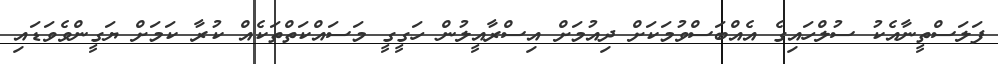
ފަލަސްތީނާއެކު ސުލްހައިގެ އެއްބަސްވުމަކަށް ދިއުމަށް އިސްރާއީލުން ހަގީގީ މަސައްކަތްތަކެއް ކުރާ ކަމަށް ޔަގީންވެވަޑައި